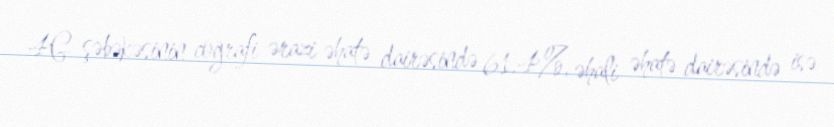
4G şəbəkəsinin coğrafi ərazi əhatə dairəsində 61.4%, əhali əhatə dairəsində isə